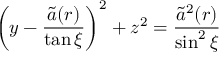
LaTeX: \left( y - \frac { \widetilde { a } ( r ) } { \tan \xi } \right) ^ { 2 } + z ^ { 2 } = \frac { \widetilde { a } ^ { 2 } ( r ) } { \sin ^ { 2 } \xi }